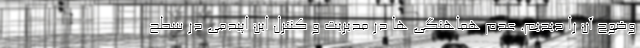
وضوح آن را دیدیم. عدم هماهنگی ها در مدیریت و کنترل این اپیدمی در سطح